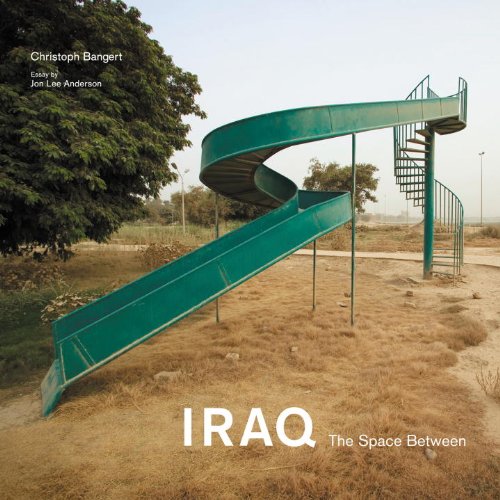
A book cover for Iraq: The Space Between; John Lee Anderson; Travel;